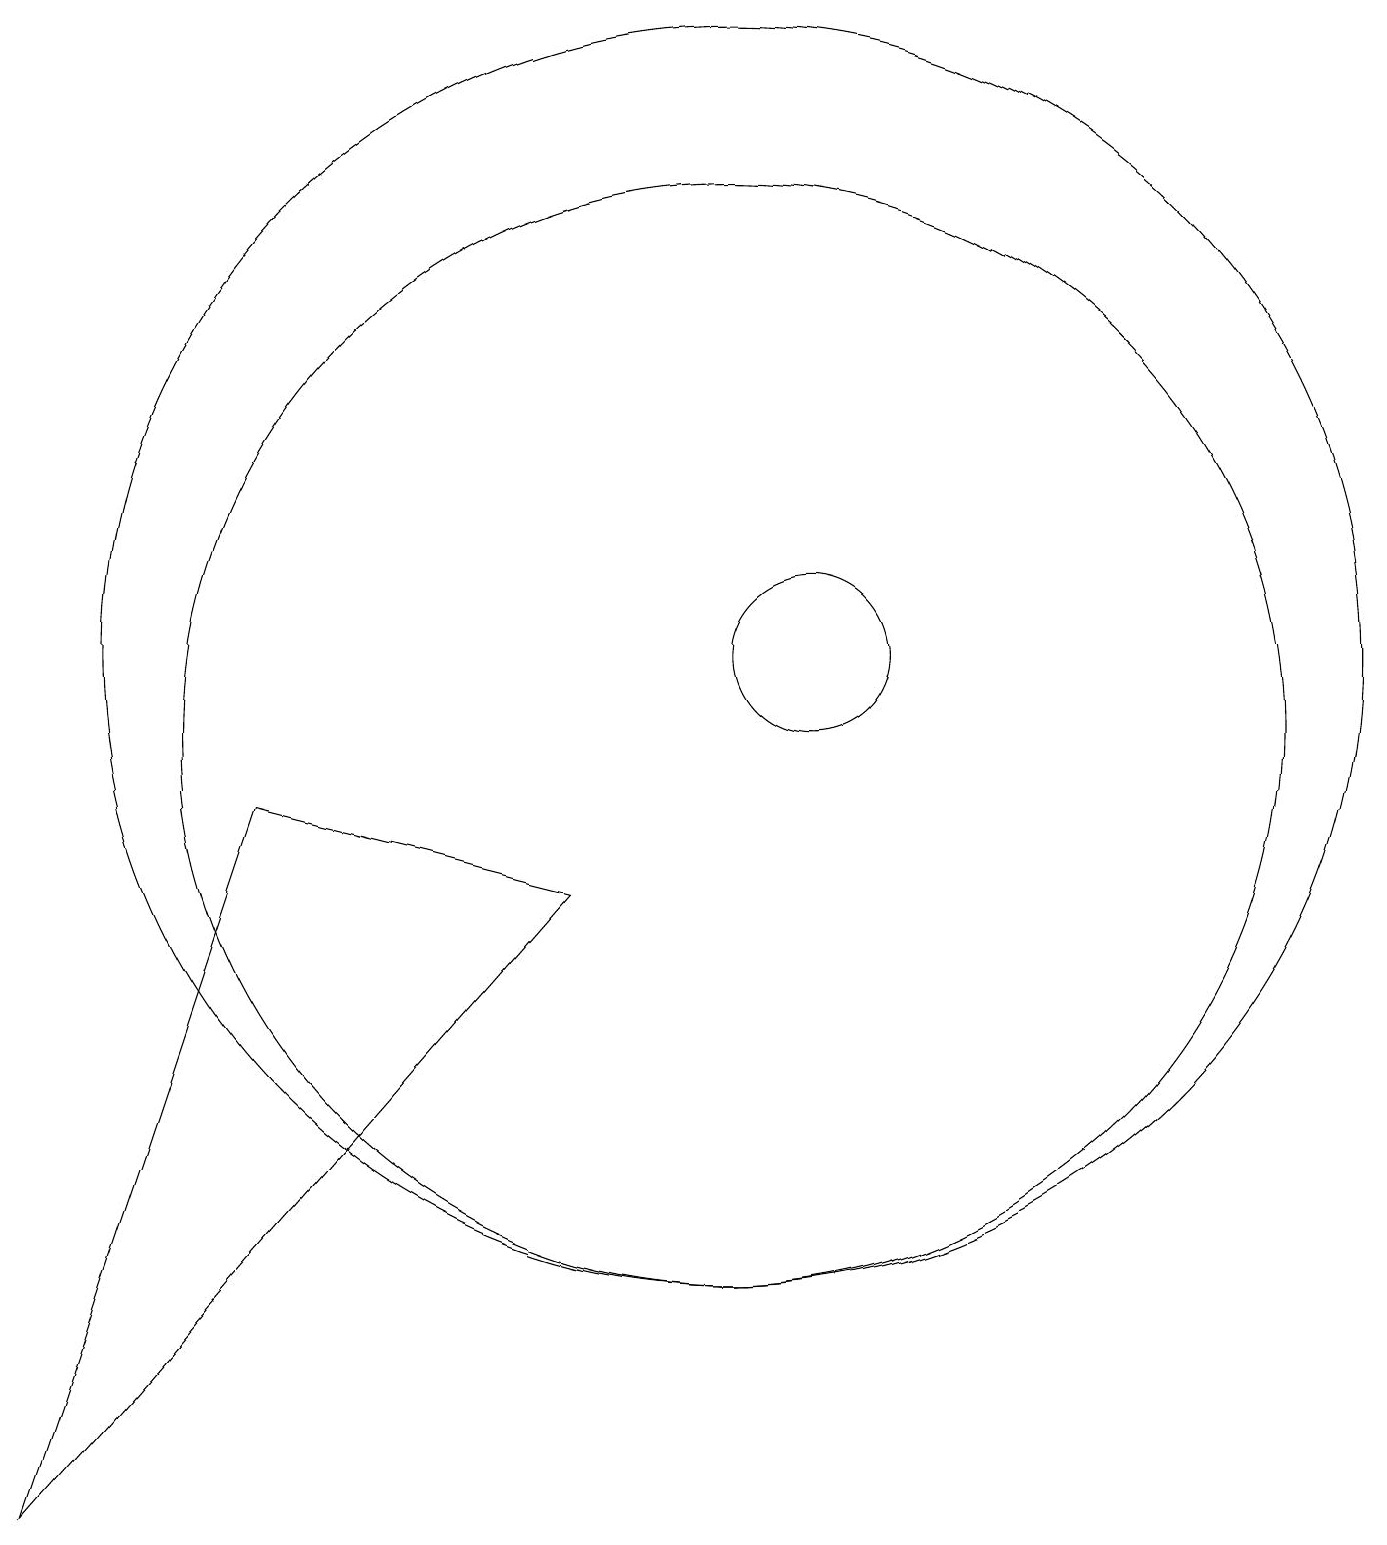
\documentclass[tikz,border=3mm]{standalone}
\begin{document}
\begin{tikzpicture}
\draw (1,0) -- (4,9) -- (8,8) -- cycle;
\draw (10,11) circle (8);
\draw (10,10) circle (7);
\draw (11,11) circle (1);
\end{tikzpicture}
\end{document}